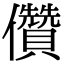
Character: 儹